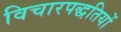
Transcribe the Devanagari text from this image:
विचारपद्धतियों